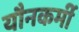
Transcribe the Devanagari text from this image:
यौनकर्मी